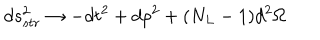
d s _ { s t r } ^ { 2 } \rightarrow - d t ^ { 2 } + d \rho ^ { 2 } + ( N _ { L } - 1 ) d ^ { 2 } \Omega